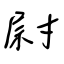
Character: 尉